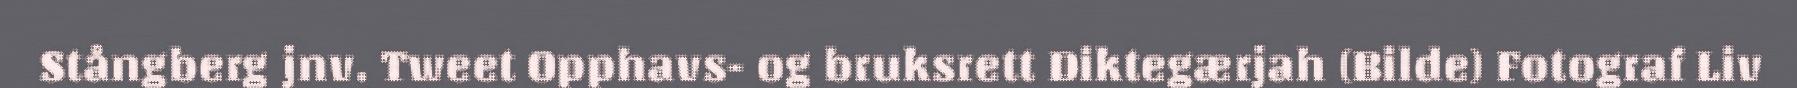
Stångberg jnv. Tweet Opphavs- og bruksrett Diktegærjah (Bilde) Fotograf Liv